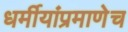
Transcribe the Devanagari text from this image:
धर्मीयांप्रमाणेच